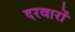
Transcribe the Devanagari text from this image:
दरवारों